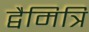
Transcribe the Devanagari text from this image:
द्वैमित्रि